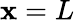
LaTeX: \mathbf{x}=L